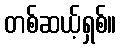
တစ်ဆယ့်ရှစ်။